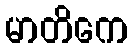
မာတိကေ